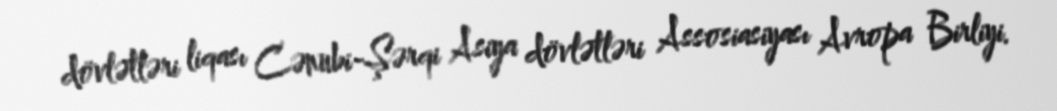
dövlətləri liqası Cənubi-Şərqi Asiya dövlətləri Assosiasiyası Avropa Birliyi.